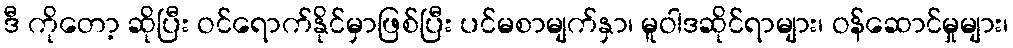
ဒီ ကိုတော့ ဆိုပြီး ဝင်ရောက်နိုင်မှာဖြစ်ပြီး ပင်မစာမျက်နှာ၊ မူဝါဒဆိုင်ရာများ၊ ဝန်ဆောင်မှုများ၊